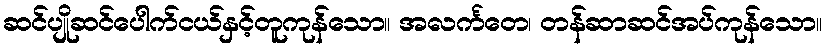
ဆင်ပျိုဆင်ပေါက်ငယ်နှင့်တူကုန်သော။ အလင်္ကတေ၊ တန်ဆာဆင်အပ်ကုန်သော။